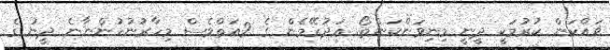
ޥައްކަން ކުރުމަކީ ދީނީ މިނިވަންކަންތޯ. ޢަދުރޭމެން ގެ 2އަތްވެސް މިހާރުނުހުންނާނެ ދީނު ގެ